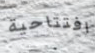
افتتاحية